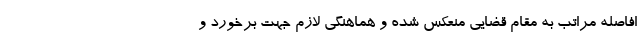
افاصله مراتب به مقام‌ قضایی منعکس شده و هماهنگی لازم جهت برخورد و